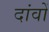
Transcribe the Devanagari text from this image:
दांवों